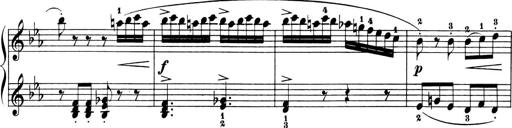
Title: 6 Piano Sonatinas
Composer: Cornelius Gurlitt